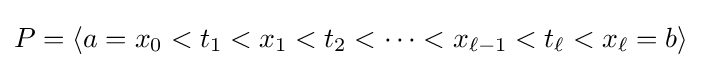
P=\langle a=x_{0}<t_{1}<x_{1}<t_{2}<\cdots <x_{\ell -1}<t_{\ell }<x_{\ell }=b\rangle